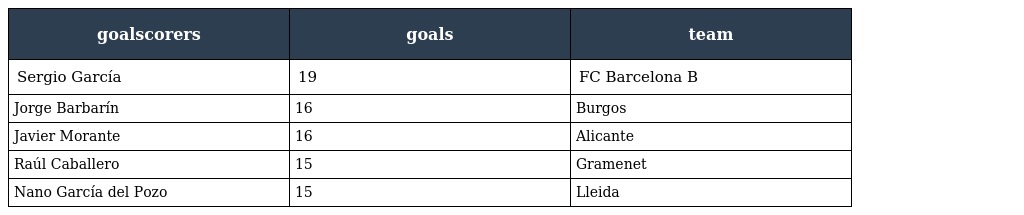
| goalscorers | goals | team |
 | --- | --- | --- |
 | Sergio García | 19 | FC Barcelona B |
 | Jorge Barbarín | 16 | Burgos |
 | Javier Morante | 16 | Alicante |
 | Raúl Caballero | 15 | Gramenet |
 | Nano García del Pozo | 15 | Lleida |